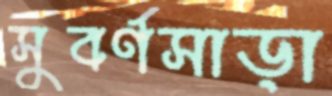
সুবর্ণসাড়া